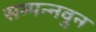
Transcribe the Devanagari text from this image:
सम्पन्नवुन